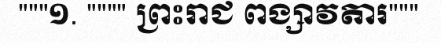
"""១. """" ព្រះរាជ ពង្សាវតារ"""